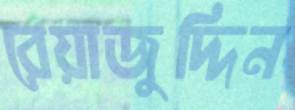
রেয়াজুদ্দিন